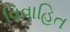
વિવાહિત